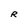
Character: R